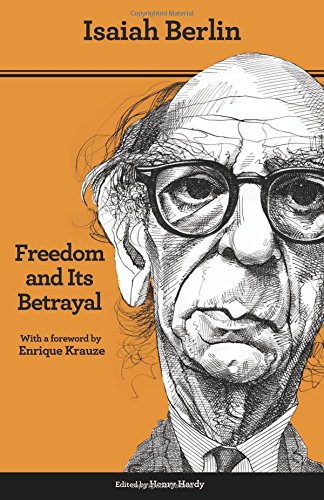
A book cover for Freedom and Its Betrayal: Six Enemies of Human Liberty; Isaiah Berlin; Politics & Social Sciences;